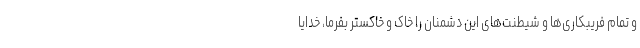
و تمام فریبکاری‌ها و شیطنت‌های این دشمنان را خاک و خاکستر بفرما، خدایا